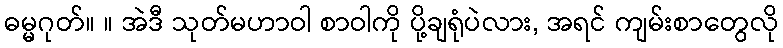
ဓမ္မဂုတ်။ ။ အဲဒီ သုတ်မဟာဝါ စာဝါကို ပို့ချရုံပဲလား, အရင် ကျမ်းစာတွေလို